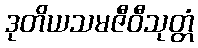
ဒုတိယသမဇီဝီသုတ္တံ